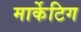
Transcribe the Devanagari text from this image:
मार्केटिग